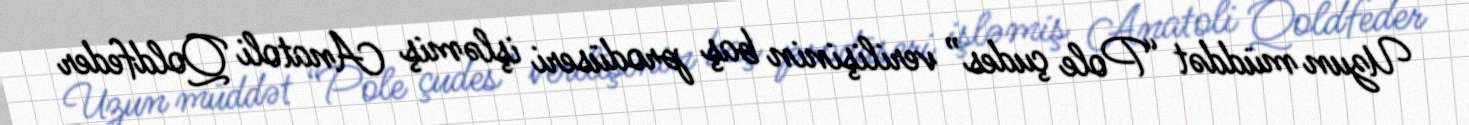
Uzun müddət “Pole çudes” verilişinin baş prodüseri işləmiş Anatoli Qoldfeder